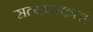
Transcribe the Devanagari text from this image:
सत्यपरकता